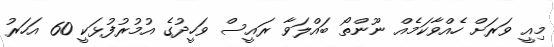
މިއީ ވަރަށް ހެއްވާކަމެއް ނޫންތޯ ބައްލަވާ ރައީސް ވަހީދުގެ އުމުރުފުޅަކީ 60 އަހަރު